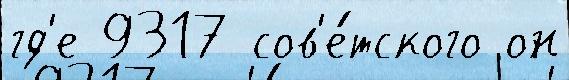
гд'е 9317 сов'е́тского он